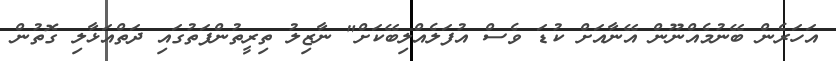
އަހަރެން ބޭނުމެއްނޫން އޭނާއަށް ކުޑަ ވެސް އުފަލެއްލިބޭކަށް" ނާޒިލު ތިރީތުންފަތުގައި ދަތްއަޅާލި ގޮތުން